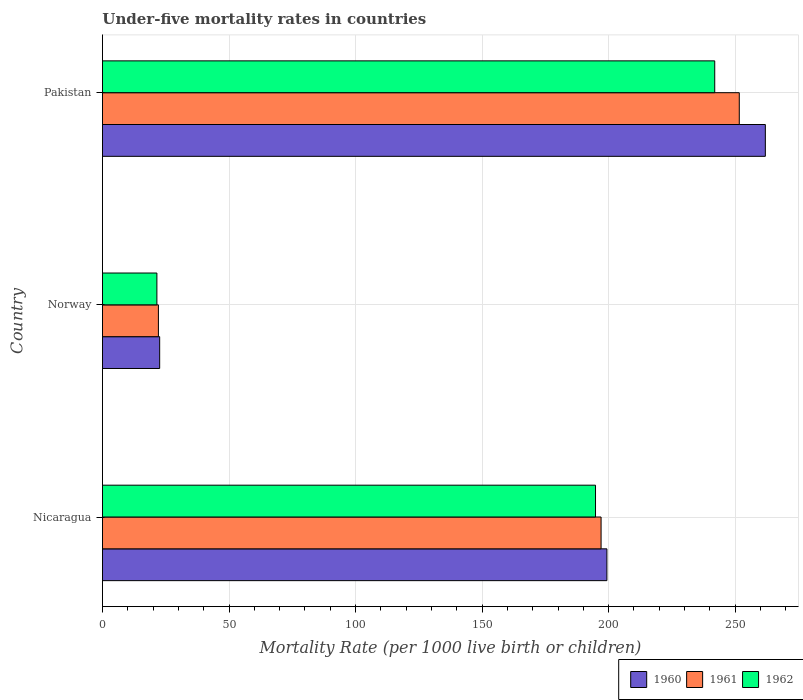
| Country | 1960 | 1961 | 1962 |
 | --- | --- | --- | --- |
 | Nicaragua | 199 | 197 | 195 |
 | Norway | 22.6 | 22.1 | 21.5 |
 | Pakistan | 262 | 252 | 242 |